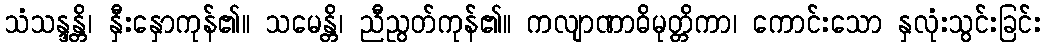
သံသန္ဒန္တိ၊ နှီးနှောကုန်၏။ သမေန္တိ၊ ညီညွတ်ကုန်၏။ ကလျာဏာဓိမုတ္တိကာ၊ ကောင်းသော နှလုံးသွင်းခြင်း